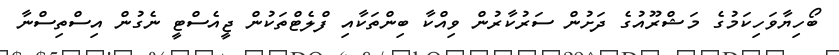
ބޯހިޔާވަހިކަމުގެ މަޝްރޫއުގެ ދަށުން ސަރުކާރުން ވިއްކާ ބިންތަކާއި ފްލެޓްތަކުން ޖީއެސްޓީ ނެގުން އިސްތިސްނާ